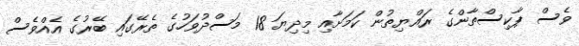
ވެސް ޕާކިސްތާންގެ ރައްޔިތުން ކަމަށާއި މިދިޔަ 18 މަސްދުވަހުގެ ތެރޭގައި ބޭރުގެ އެއްވެސް